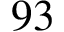
9 3